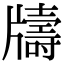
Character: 𤘀